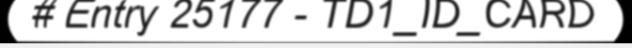
# Entry 25177 - TD1_ID_CARD